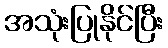
အသုံးပြုနိုင်ပြီး